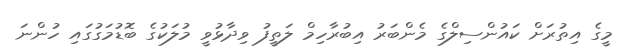
މީގެ އިތުރަށް ކައުންސިލްގެ މެންބަރު އިބުރާހިމް ލަތީފު ވިދާޅުވީ މުލަކުގެ ބޮޑުމަގުގައި ހުންނަ